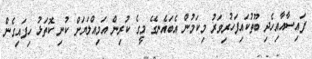
ފައިސާއާއިހެދި ބޫތުކައިފަހުރިވަރު މިކަމުން އެބައެނގޭ މީގެ ކުރިން އަމިއްލަޔަށް ކުނި ކޮތަޅު ހިފައިގެން